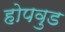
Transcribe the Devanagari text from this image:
होपवुड